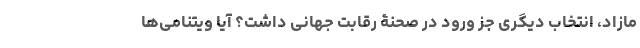
مازاد، انتخاب دیگری جز ورود در صحنۀ رقابت جهانی داشت؟ آیا ویتنامی­ها